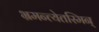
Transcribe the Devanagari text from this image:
भ्रमन्त्येतस्मिन्